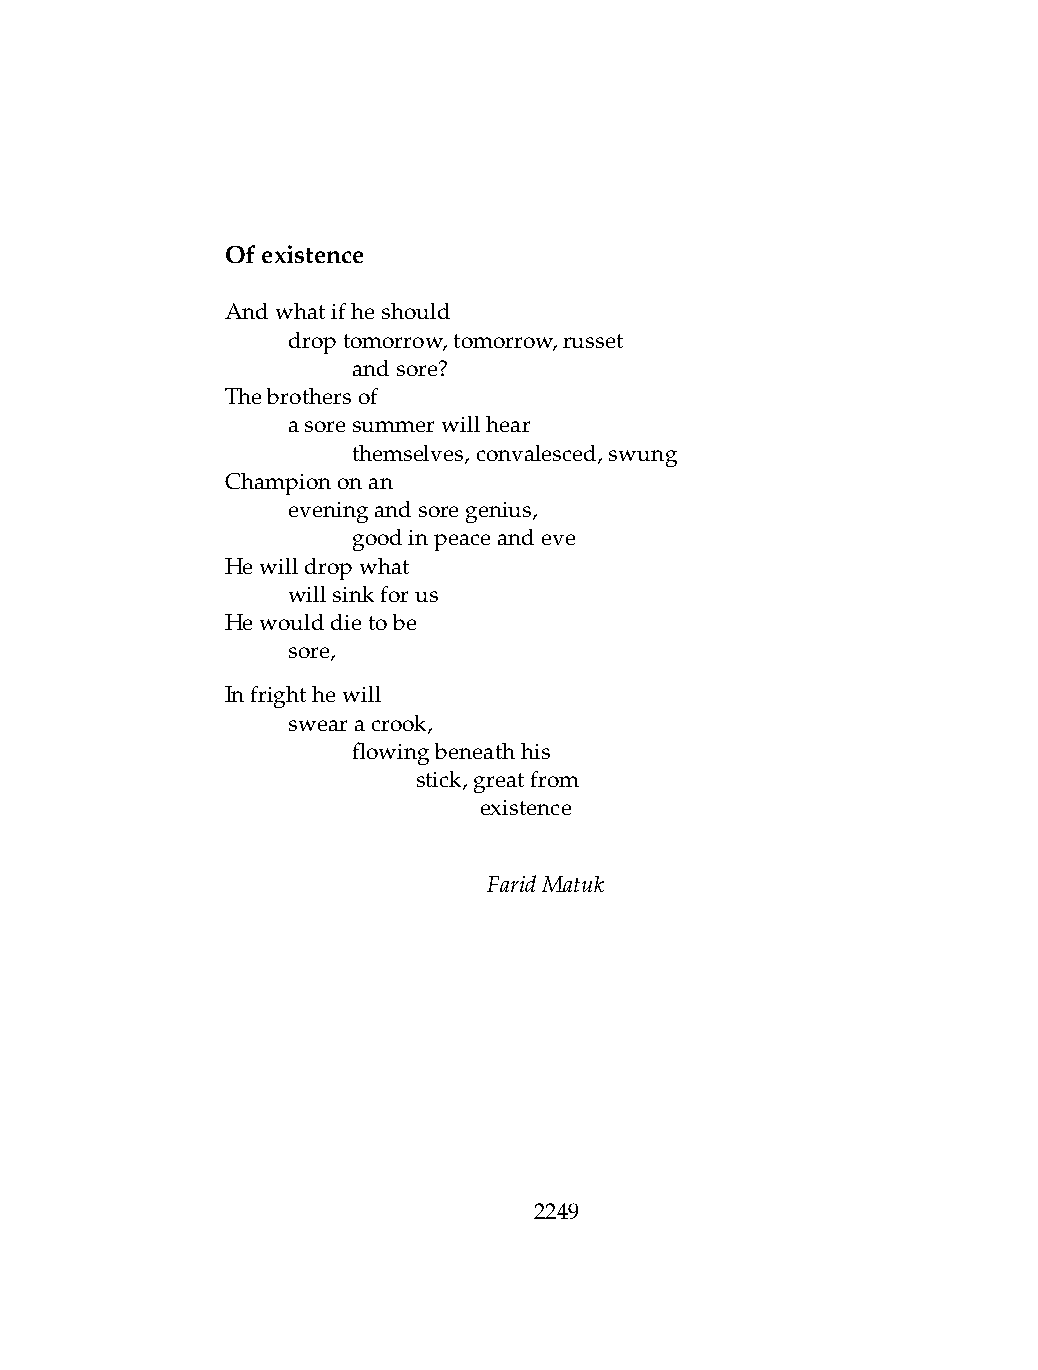
Ofexistence
 Andwhatifheshould
 .   droptomorrow,tomorrow,russet
 .   .   andsore?
 Thebrothersof
 .   asoresummerwillhear
 .   .   themselves,convalesced,swung
 Championonan
 .   eveningandsoregenius,
 .   .   goodinpeaceandeve
 Hewilldropwhat
 .   willsinkforus
 Hewoulddietobe
 .   sore,
 Infrighthewill
 .   swearacrook,
 .   .   flowingbeneathhis
 .   .   .    stick,greatfrom
 .   .   .    .   existence
 FaridMatuk
 2249